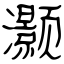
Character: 灏